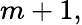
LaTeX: m+1,